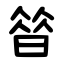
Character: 㫺